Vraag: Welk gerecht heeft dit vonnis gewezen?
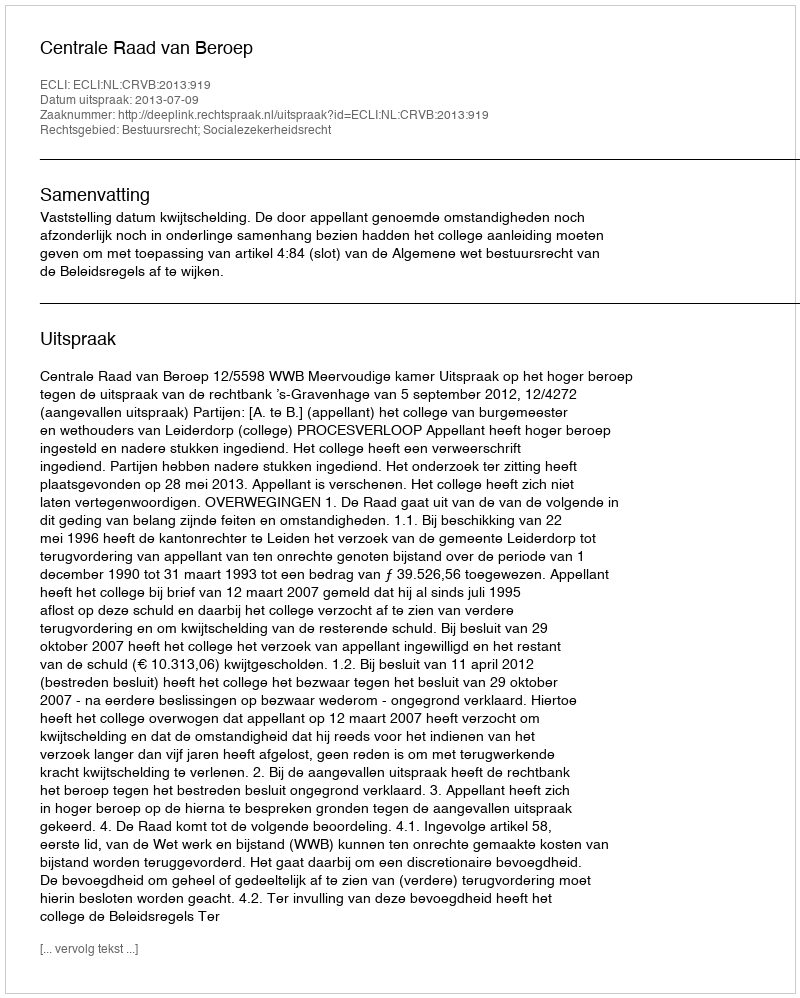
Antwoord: Centrale Raad van Beroep